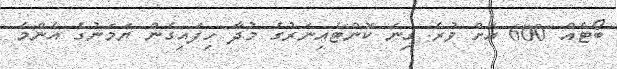
ބޯޓެއް 600 އަށް ވުރެ ގިނަ ކޮންޓެއިނަރުގެ މުދާ ހިފައިގެން ޔަމަނުގެ އެންމެ